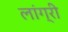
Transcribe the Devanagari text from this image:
लांग्री